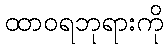
ထာဝရဘုရားကို